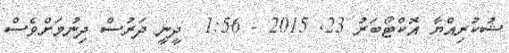
ޝުކުރިއްޔާ އޮކްޓޯބަރު 23